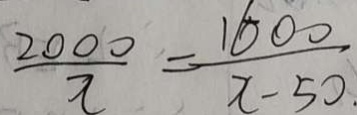
\frac { 2 0 0 0 } { x } = \frac { 1 6 0 0 } { x - 5 0 }